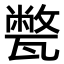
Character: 𤮕